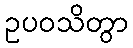
ဥပဝသိတွာ